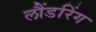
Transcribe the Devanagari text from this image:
लौंडरिंग